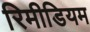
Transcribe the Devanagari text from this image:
रिमीडियम